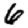
Digit: 6